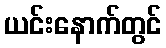
ယင်းနောက်တွင်